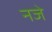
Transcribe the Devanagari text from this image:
नजे